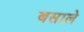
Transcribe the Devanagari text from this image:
बसाले